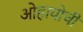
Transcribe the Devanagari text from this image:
ओहायोची